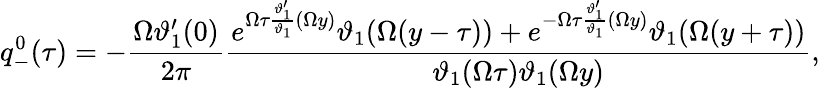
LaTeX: q_{-}^{0}(\tau)=-\frac{\Omega\vartheta_{1}^{\prime}(0)}{2\pi}\frac{e^{\Omega\tau\frac{\vartheta_{1}^{\prime}}{\vartheta_{1}}(\Omega y)}\vartheta_{1}(\Omega(y-\tau))+e^{-\Omega\tau\frac{\vartheta_{1}^{\prime}}{\vartheta_{1}}(\Omega y)}\vartheta_{1}(\Omega(y+\tau))}{\vartheta_{1}(\Omega\tau)\vartheta_{1}(\Omega y)},